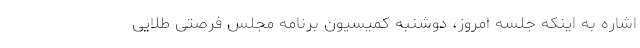
اشاره به اینکه جلسه امروز، دوشنبه کمیسیون برنامه مجلس فرصتی طلایی